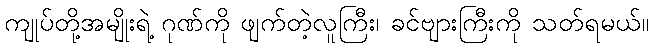
ကျုပ်တို့အမျိုးရဲ့ ဂုဏ်ကို ဖျက်တဲ့လူကြီး၊ ခင်ဗျားကြီးကို သတ်ရမယ်။